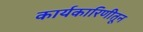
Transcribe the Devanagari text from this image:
कार्यकारिणीतून